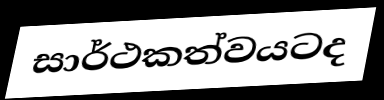
සාර්ථකත්වයටද